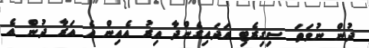
ދުން ނުވަތަ ސިގިރެޓި އަދައިގެންދާ އިރު އެއިން އެ އަރާ ދުން އެ